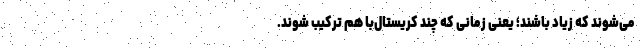
می‌شوند که زیاد باشند؛ یعنی زمانی که چند کریستال‌با هم ترکیب شوند.